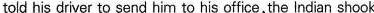
told his driver to send him to his office, the lndian shook